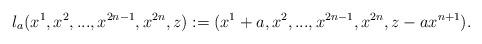
LaTeX: \begin{align*}l_{a}(x^{1},x^{2},...,x^{2n-1},x^{2n},z):=(x^{1}+a,x^{2},...,x^{2n-1},x^{2n},z-ax^{n+1}).\end{align*}